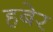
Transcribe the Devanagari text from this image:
हबेर